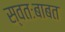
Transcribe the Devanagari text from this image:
स्वतःबाबत